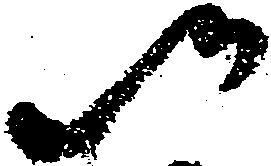
以